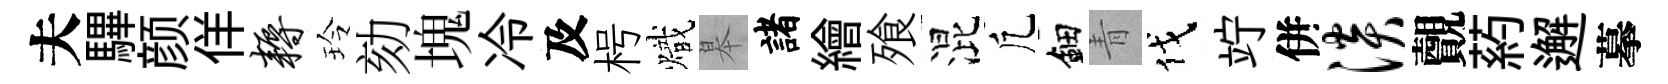
夫驆颜佯耨玲劾塊冷及枵熾皋諸繪飱混凢鈿青伐竚併淡覿葯邂摹